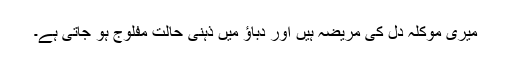
میری موکلہ دل کی مریضہ ہیں اور دباؤ میں ذہنی حالت مفلوج ہو جاتی ہے۔